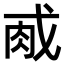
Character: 𫻯